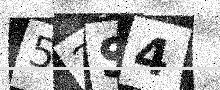
Text: 52S4